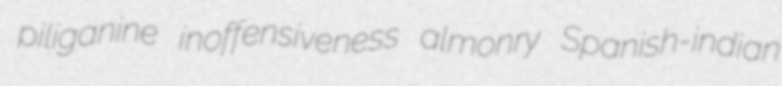
piliganine inoffensiveness almonry Spanish-indian